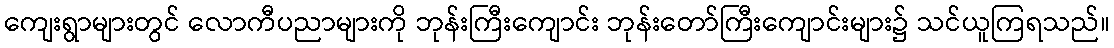
ကျေးရွာများတွင် လောကီပညာများကို ဘုန်းကြီးကျောင်း ဘုန်းတော်ကြီးကျောင်းများ၌ သင်ယူကြရသည်။